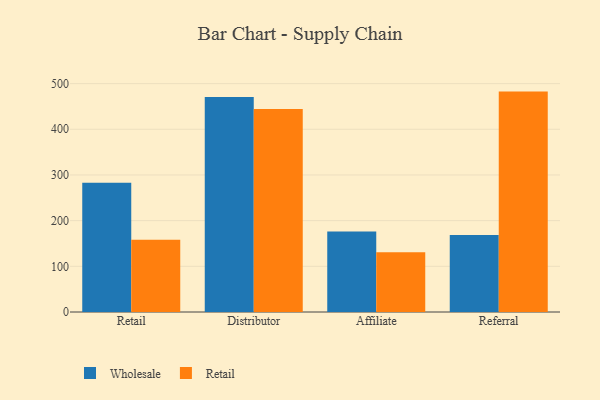
{"axis": {"x": "Channel", "y": "Headcount"}, "legend": ["Retail", "Wholesale"], "data": [{"x": "Retail", "y": 283.2, "type": "Wholesale"}, {"x": "Retail", "y": 158.3, "type": "Retail"}, {"x": "Distributor", "y": 470.5, "type": "Wholesale"}, {"x": "Distributor", "y": 444.4, "type": "Retail"}, {"x": "Affiliate", "y": 176.5, "type": "Wholesale"}, {"x": "Affiliate", "y": 130.8, "type": "Retail"}, {"x": "Referral", "y": 168.8, "type": "Wholesale"}, {"x": "Referral", "y": 482.5, "type": "Retail"}]}